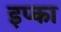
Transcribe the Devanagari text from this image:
इप्का